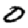
Digit: 0